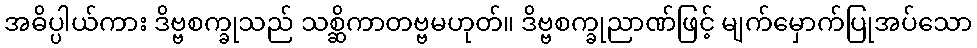
အဓိပ္ပါယ်ကား ဒိဗ္ဗစက္ခုသည် သစ္ဆိကာတဗ္ဗမဟုတ်။ ဒိဗ္ဗစက္ခုညာဏ်ဖြင့် မျက်မှောက်ပြုအပ်သော